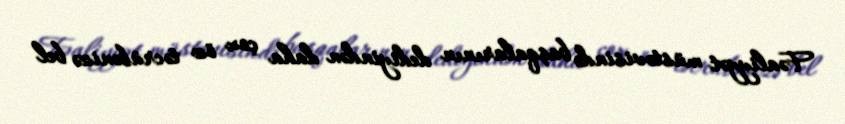
Fəaliyyət müstəvisində başqalarının dediyindən daha çox öz təcrübənizə bel